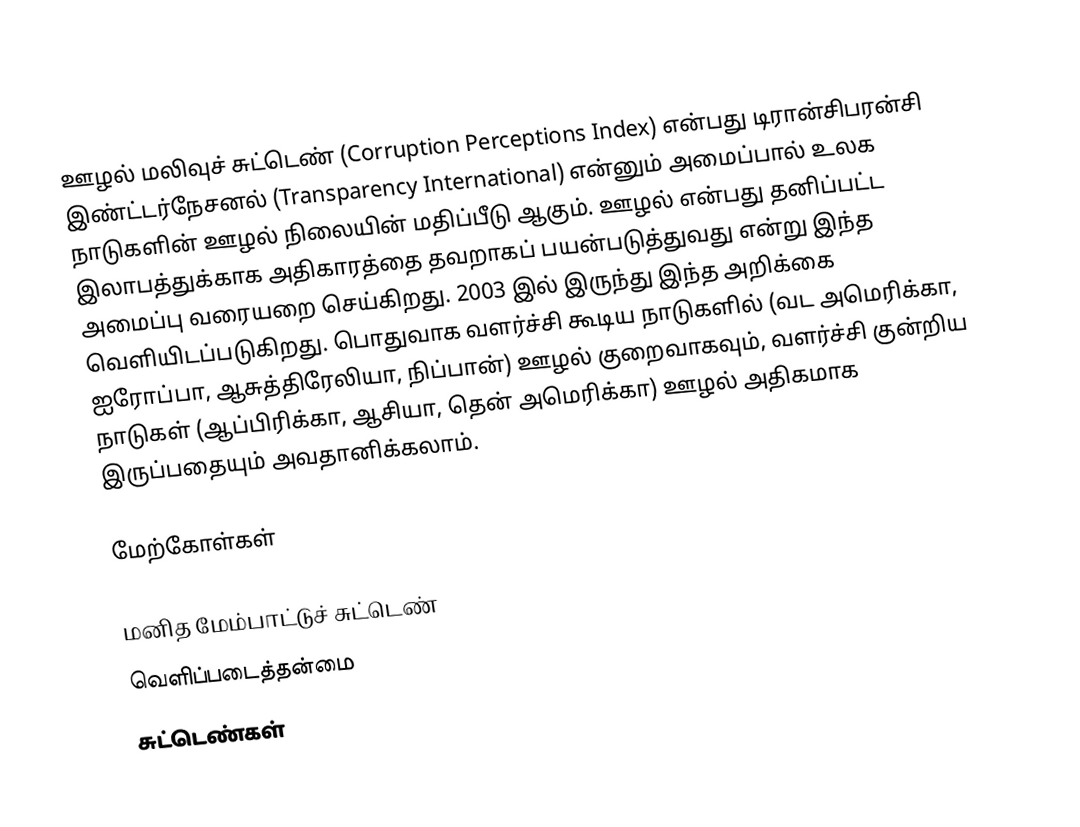
ஊழல் மலிவுச் சுட்டெண் (Corruption Perceptions Index) என்பது டிரான்சிபரன்சி இண்ட்டர்நேசனல் (Transparency International) என்னும் அமைப்பால் உலக நாடுகளின் ஊழல் நிலையின் மதிப்பீடு ஆகும். ஊழல் என்பது தனிப்பட்ட இலாபத்துக்காக அதிகாரத்தை தவறாகப் பயன்படுத்துவது என்று இந்த அமைப்பு வரையறை செய்கிறது. 2003 இல் இருந்து இந்த அறிக்கை வெளியிடப்படுகிறது. பொதுவாக வளர்ச்சி கூடிய நாடுகளில் (வட அமெரிக்கா, ஐரோப்பா, ஆசுத்திரேலியா, நிப்பான்) ஊழல் குறைவாகவும், வளர்ச்சி குன்றிய நாடுகள் (ஆப்பிரிக்கா, ஆசியா, தென் அமெரிக்கா) ஊழல் அதிகமாக இருப்பதையும் அவதானிக்கலாம்.

மேற்கோள்கள்

மனித மேம்பாட்டுச் சுட்டெண்
வெளிப்படைத்தன்மை
சுட்டெண்கள்